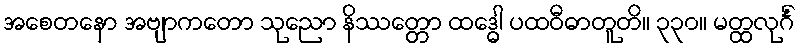
အစေတနော အဗျာကတော သုညော နိဿတ္တော ထဒ္ဓေါ ပထဝီဓာတူတိ။ ၃၃၀။ မတ္ထလုင်္ဂံ